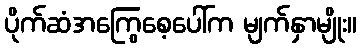
ပိုက်ဆံအကြွေစေ့ပေါ်က မျက်နှာမျိုး။